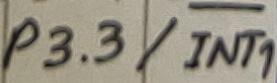
Text: P3.3/INT1